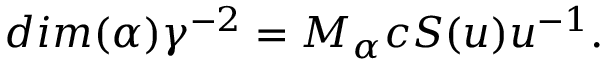
d i m ( \alpha ) \gamma ^ { - 2 } = M _ { \alpha } c S ( u ) u ^ { - 1 } .